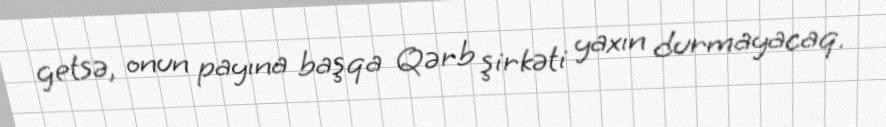
getsə, onun payına başqa Qərb şirkəti yaxın durmayacaq.